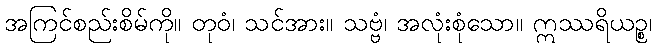
အကြင်စည်းစိမ်ကို။ တုဝံ၊ သင်အား။ သဗ္ဗံ၊ အလုံးစုံသော။ ဣဿရိယဉ္စ၊